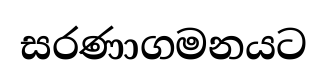
සරණාගමනයට